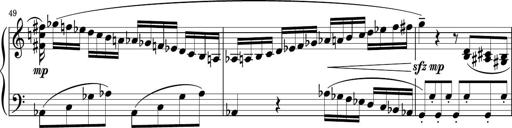
Title: Sonatina PandemÃ³nium
Composer: VÃ­ctor Carbajo
Key: C major